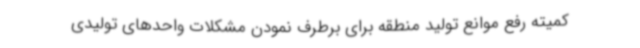
کمیته رفع موانع تولید منطقه برای برطرف نمودن مشکلات واحدهای تولیدی